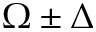
\Omega \pm \Delta